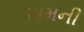
ઞામની